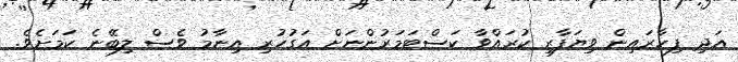
އަދި ފިހާރައިން ވިޔަފާރި ކުރައްވާ ކަސްޓަމަރުންނަށް އަގުހުރި އިނާމު ވެސް ލިބޭނެ ކަމަށެވެ.